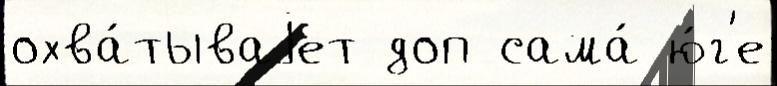
охва́тываjет доп сама́ ю́г'е